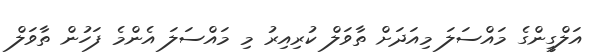
އަލްގީންގެ މައްސަލަ މިއަދަށް ތާވަލް ކުރިއިރު މި މައްސަލަ އެންމެ ފަހުން ތާވަލް